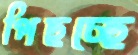
পিছচ্ছে